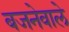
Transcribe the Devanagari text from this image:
बजनेवाले